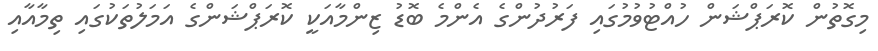
މިގޮތުން ކޮރަޕްޝަން ހުއްޓުވުމުގައި ފަރުދުންގެ އެންމެ ބޮޑު ޒިންމާއަކީ ކޮރަޕްޝަންގެ އަމަލުތަކުގައި ތިމާއާއި